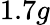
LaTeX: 1.7g